Vaccination in Bombay 1869-1873 - 1869-1873
Year: 1869
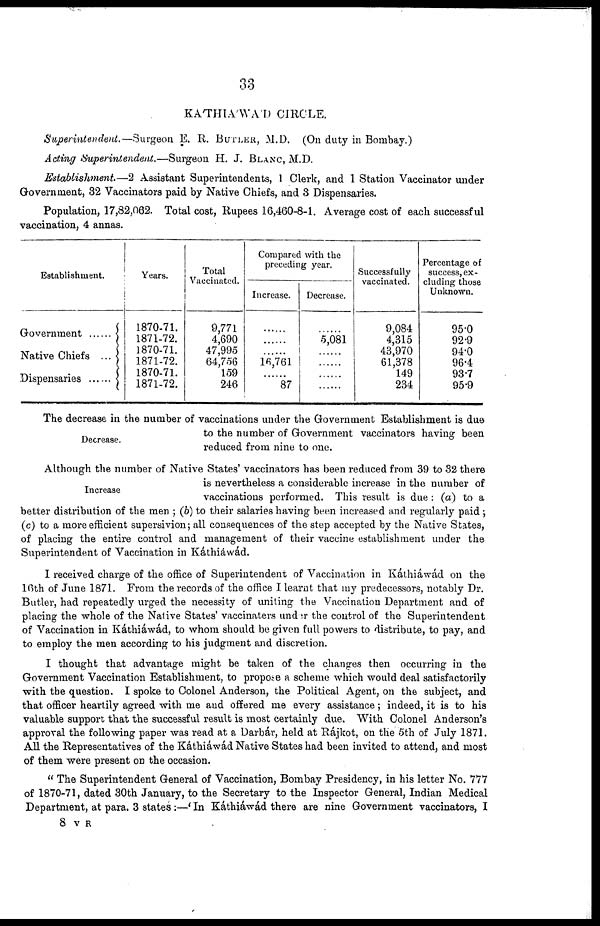
33
KATHIA'WAD CIRCLE.
Superintendent.—Surgeon
E. R. BUTLER, M.D. (On duty in Bombay.)
Acting Superintendent.—Surgeon
H. J. BLANC, M.D.
Establishment.—2
Assistant Superintendents, 1 Clerk, and 1 Station Vaccinator under
Government, 32 Vaccinators paid by Native Chiefs, and 3 Dispensaries.
Population, 17,82,062. Total cost, Rupees 16,460-8-1. Average cost of each successful
vaccination, 4 annas.
Establishment.
Goverment .........
Native Chiefs ...
Dispensaries
Years.
1870-71.
1871-72.
1870-71.
1871-72.
1870-71.
1871-72.
Total
Vaccinated.
9,771
4,690
47,995
64,756
159
246
Compared with the
preceding year.
Increase.
......
......
......
16,761
......
87
Decrease.
......
5,081
......
......
......
......
Successfully
vaccinated.
9,084
4,315
43,970
61,378
149
234
Percentage of
success, ex-
cluding those
Unknown.
95.0
92.9
94.0
96.4
93.7
95.9
Decrease.
The decrease in the number of vaccinations under the Government Establishment is due
to the number of Government vaccinators having been
reduced from nine to one.
Increase
Although the number of Native States' vaccinators has been reduced from 39 to 32 there
is nevertheless a considerable increase in the number of
vaccinations performed. This result is due : (a) to a
better distribution of the men ; (b) to their salaries having been increased and regularly paid ;
(c) to a more efficient supersivion; all consequences of the step accepted by the Native States,
of placing the entire control and management of their vaccine establishment under the
Superintendent of Vaccination in Káthiáwád.
I received charge of the office of Superintendent of Vaccination in Káthiáwád on the
16th of June 1871. From the records of the office I learnt that my predecessors, notably Dr.
Butler, had repeatedly urged the necessity of uniting the Vaccination Department and of
placing the whole of the Native States' vaccinaters under the control of the Superintendent
of Vaccination in Káthiáwád, to whom should be given full powers to distribute, to pay, and
to employ the men according to his judgment and discretion.
I thought that advantage might be taken of the changes then occurring in the
Government Vaccination Establishment, to propose a scheme which would deal satisfactorily
with the question. I spoke to Colonel Anderson, the Political Agent, on the subject, and
that officer heartily agreed with me and offered me every assistance; indeed, it is to his
valuable support that the successful result is most certainly due. With Colonel Anderson's
approval the following paper was read at a Darbár, held at Rájkot, on the 5th of July 1871.
All the Representatives of the Káthiáwád Native States had been invited to attend, and most
of them were present on the occasion.
" The Superintendent General of Vaccination, Bombay Presidency, in his letter No. 777
of 1870-71, dated 30th January, to the Secretary to the Inspector General, Indian Medical
Department, at para. 3 states :—' In Káthiáwád there are nine Government vaccinators, I
8 V R